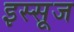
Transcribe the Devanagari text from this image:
इस्सूज